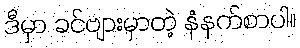
ဒီမှာ ခင်ဗျားမှာတဲ့ နံနက်စာပါ။